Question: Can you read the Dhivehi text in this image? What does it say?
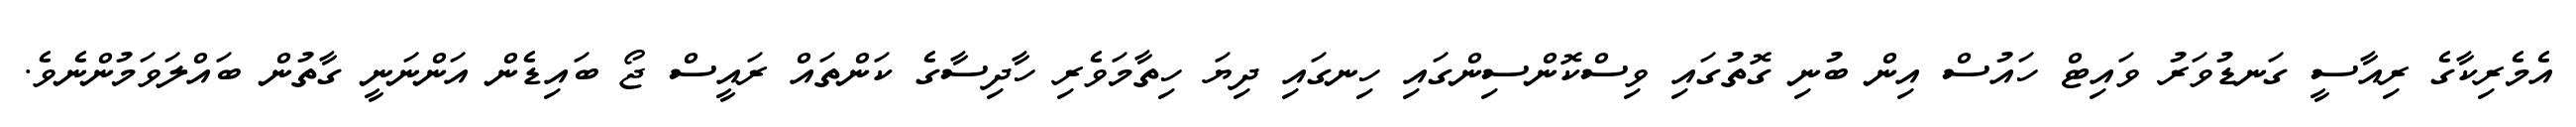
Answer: އެމެރިކާގެ ރިއާސީ ގަނޑުވަރު ވައިޓް ހައުސް އިން ބުނި ގޮތުގައި ވިސްކޮންސިންގައި ހިނގައި ދިޔަ ހިތާމަވެރި ހާދިސާގެ ކަންތައް ރައީސް ޖޯ ބައިޑެން އަންނަނީ ގާތުން ބައްލަވަމުންނެވެ.